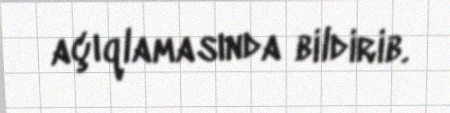
açıqlamasında bildirib.